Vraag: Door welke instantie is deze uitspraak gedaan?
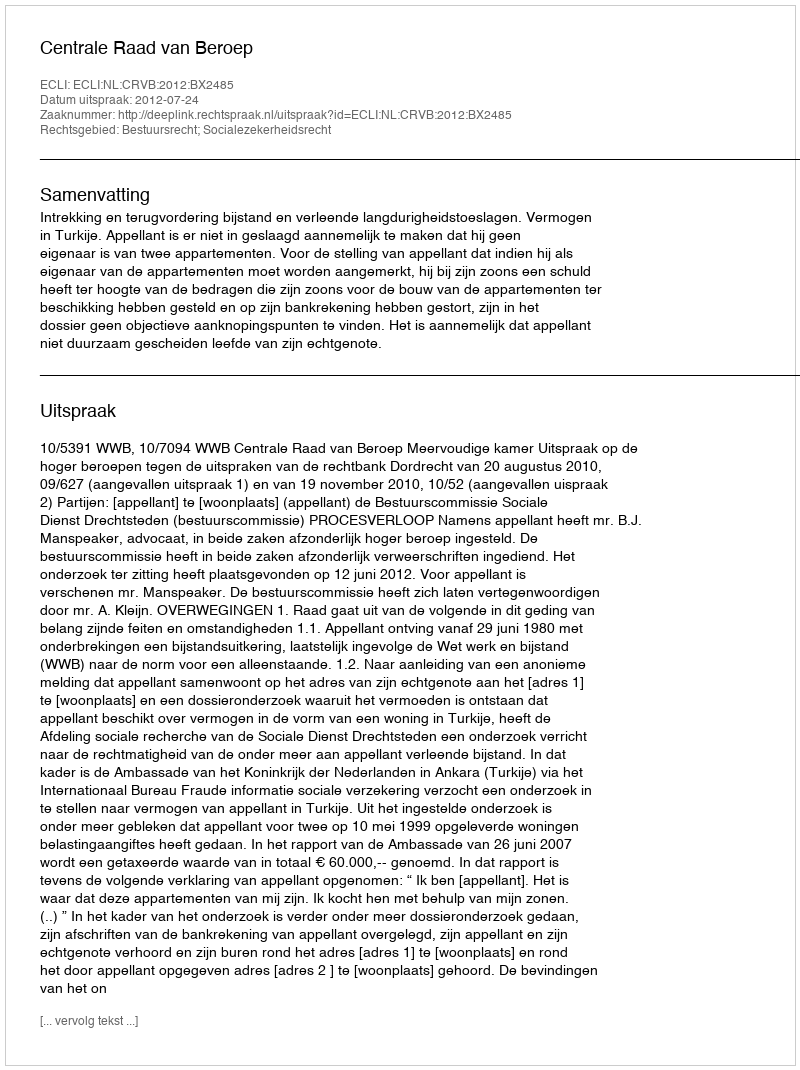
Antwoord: Centrale Raad van Beroep